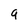
Character: q